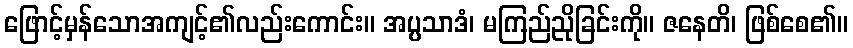
ဖြောင့်မှန်သောအကျင့်၏လည်းကောင်း။ အပ္ပသာဒံ၊ မကြည်ညိုခြင်းကို။ ဇနေတိ၊ ဖြစ်စေ၏။